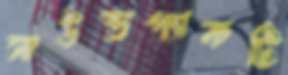
সাউন্ডপ্যাকটি